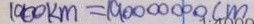
1 9 0 0 k m = 1 9 0 0 0 0 0 0 0 c m